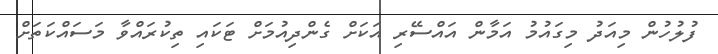
ފުލުހުން މިއަދު މިގައުމު އަމާން އައްސޭރި އަކަށް ގެންދިއުމަށް ޓަކައި ތިކުރައްވާ މަސައްކަތަށް